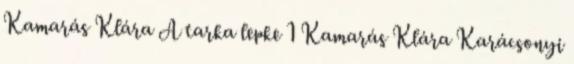
Kamarás Klára A tarka lepke 1 Kamarás Klára Karácsonyi